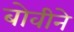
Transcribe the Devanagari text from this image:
बोवीने